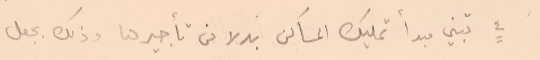
٤ تبني مبدأ تمليك المساكن بدلا من تأجيرها وذلك بجعل